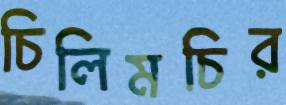
চিলিমচির